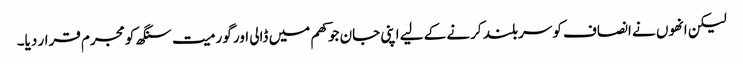
لیکن انھوں نے انصاف کو سربلند کرنے کے لیے اپنی جان جوکھم میں ڈالی اور گورمیت سنگھ کو مجرم قرار دیا۔